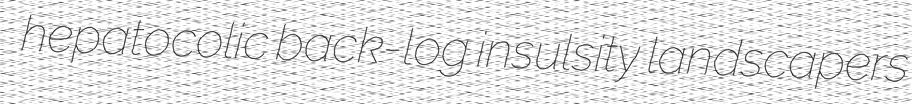
hepatocolic back-log insulsity landscapers